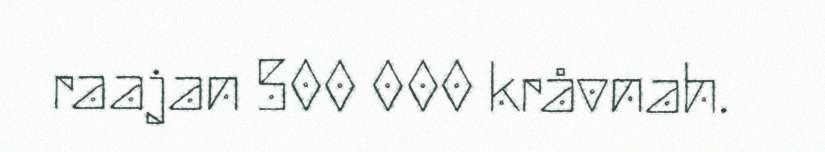
raajan 500 000 kråvnah.